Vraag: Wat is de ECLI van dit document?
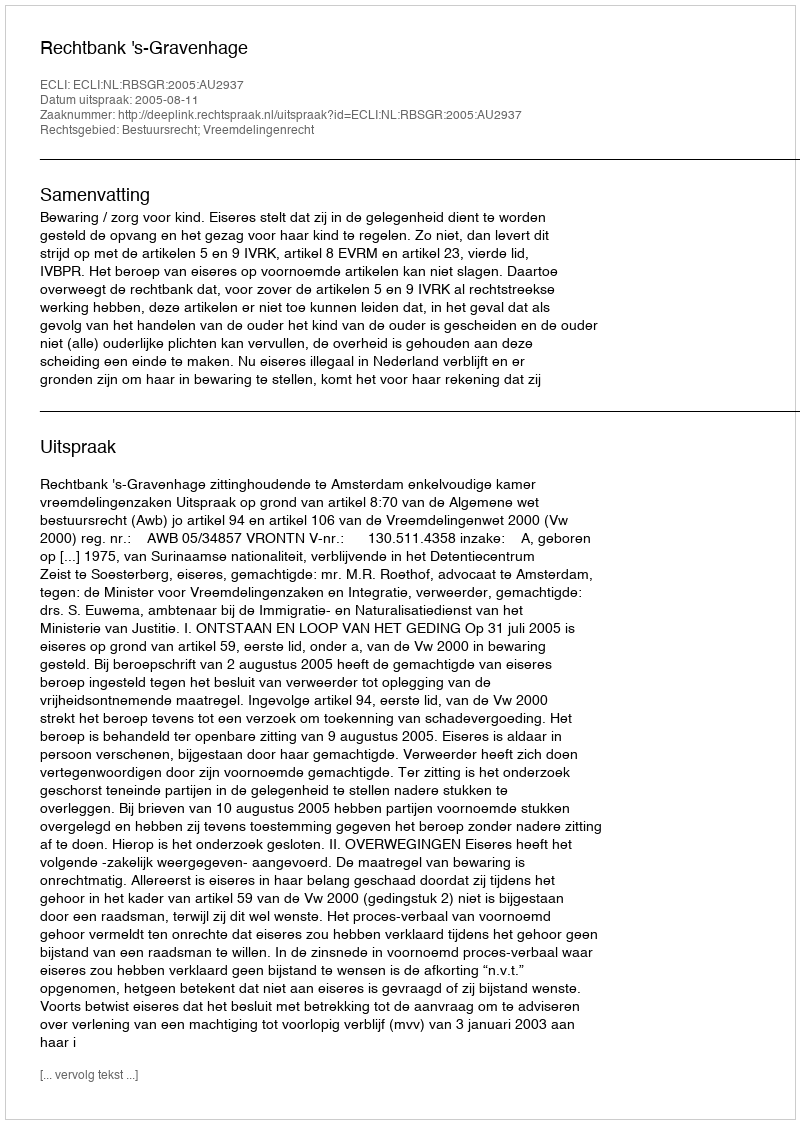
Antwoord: ECLI:NL:RBSGR:2005:AU2937